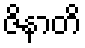
ဇိနာတိ